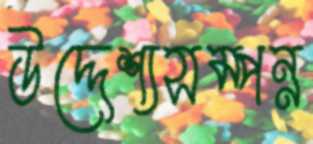
উদ্দেশ্যসম্পন্ন